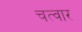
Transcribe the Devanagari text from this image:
चत्वार